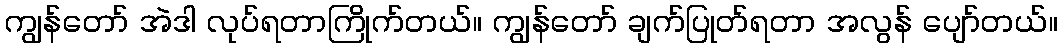
ကျွန်တော် အဲဒါ လုပ်ရတာကြိုက်တယ်။ ကျွန်တော် ချက်ပြုတ်ရတာ အလွန် ပျော်တယ်။